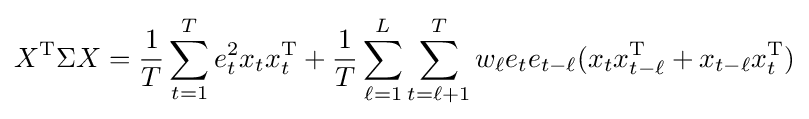
X^{\operatorname {T} }\Sigma X={\frac {1}{T}}\sum _{t=1}^{T}e_{t}^{2}x_{t}x_{t}^{\operatorname {T} }+{\frac {1}{T}}\sum _{\ell =1}^{L}\sum _{t=\ell +1}^{T}w_{\ell }e_{t}e_{t-\ell }(x_{t}x_{t-\ell }^{\operatorname {T} }+x_{t-\ell }x_{t}^{\operatorname {T} })